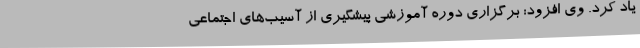
یاد کرد. وی افزود: برگزاری دوره آموزشی پیشگیری از آسیب‌های اجتماعی